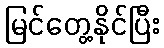
မြင်တွေ့နိုင်ပြီး